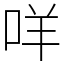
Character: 咩